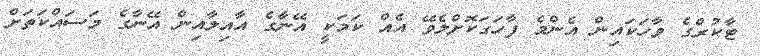
ޓާކުރްގެ ވާހަކައިން އެންމެ ފާހަގަކޮށްލެވޭ އެއް ކަމަކީ އޭނާގެ އާއިލާއިން އޭނާގެ މަސައްކަތަށް